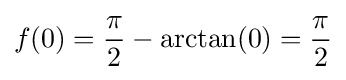
f(0)={\frac {\pi }{2}}-\arctan(0)={\frac {\pi }{2}}